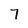
Character: 7